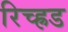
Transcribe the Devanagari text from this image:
रिच्ह्रड